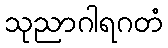
သုညာဂါရဂတံ